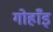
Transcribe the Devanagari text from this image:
गोहाँइ